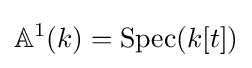
\mathbb {A} ^{1}(k)=\operatorname {Spec} (k[t])